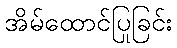
အိမ်ထောင်ပြုခြင်း